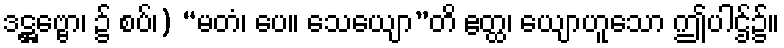
ဒဋ္ဌဗ္ဗော၊ ၌ စပ်၊) “မတံ၊ ပေ။ သေယျော”တိ ဧတ္ထ၊ ယျောဟူသော ဤပါဌ်၌။